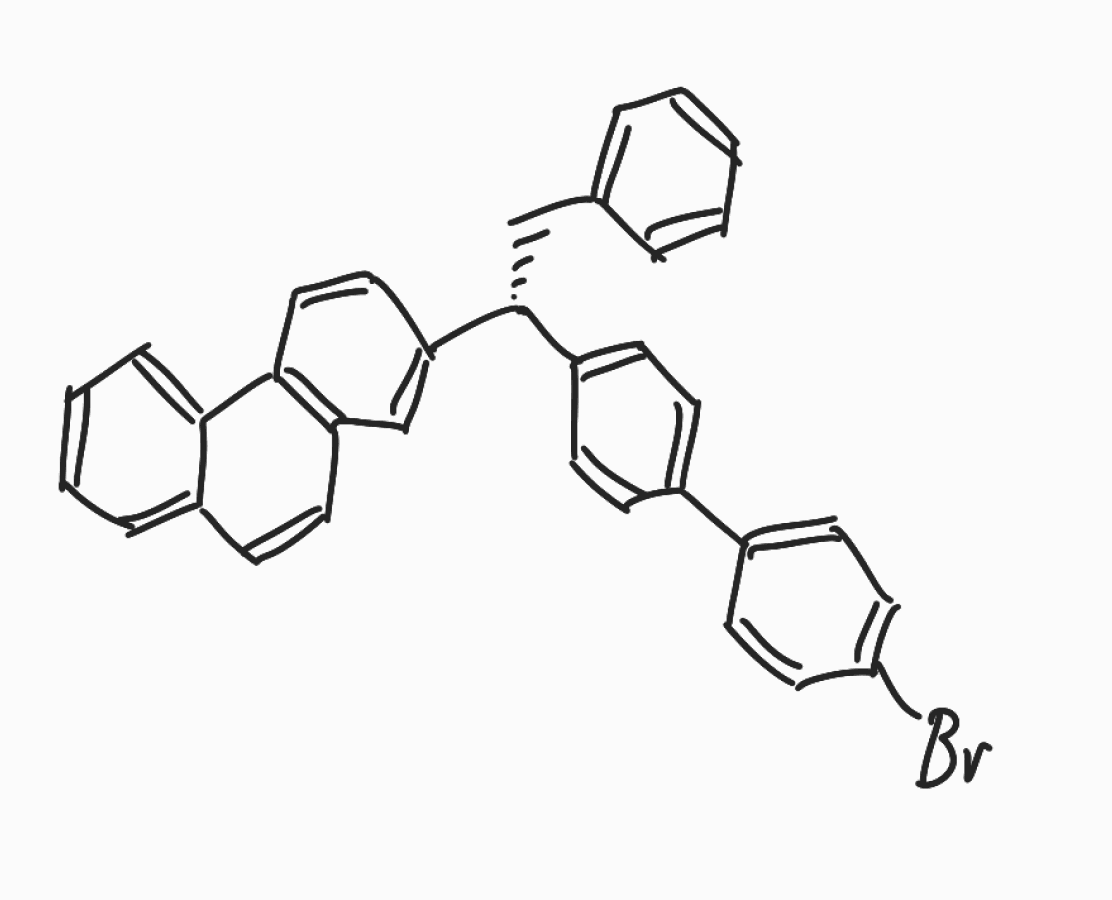
Simplified molecular-input line-entry system (SMILES) notation of the given molecule:
C1=CC=C(C=C1)C[C@H](C2=CC=C(C=C2)C3=CC=C(C=C3)Br)C4=CC5=C(C=C4)C6=CC=CC=C6C=C5